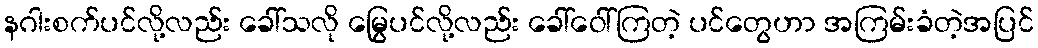
နဂါးစက်ပင်လို့လည်း ခေါ်သလို မြွေပင်လို့လည်း ခေါ်ဝေါ်ကြတဲ့ ပင်တွေဟာ အကြမ်းခံတဲ့အပြင်